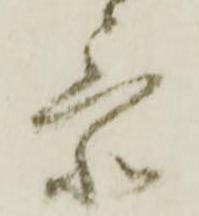
忝